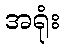
အရုံး